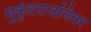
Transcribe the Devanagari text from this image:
मुकुंदराजांनंतर